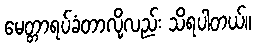
မေတ္တာရပ်ခံတာလို့လည်း သိရပါတယ်။